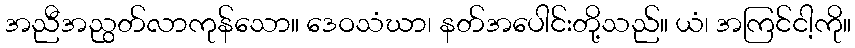
အညီအညွတ်လာကုန်သော။ ဒေဝသံဃာ၊ နတ်အပေါင်းတို့သည်။ ယံ၊ အကြင်ငါ့ကို။